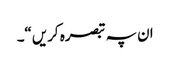
ان پہ تبصرہ کریں“۔